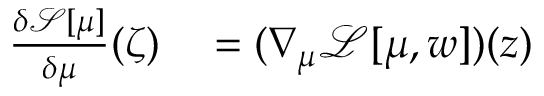
\begin{array} { r l } { \frac { \delta \mathcal { S } [ \mu ] } { \delta \mu } ( \zeta ) } & { { } = ( \nabla _ { \mu } \mathcal { L } [ \mu , w ] ) ( z ) } \end{array}